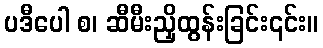
ပဒီပေါ စ၊ ဆီမီးညှိထွန်းခြင်း၎င်း။